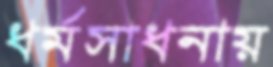
ধর্মসাধনায়